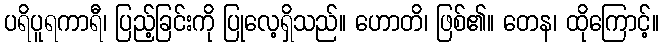
ပရိပူရကာရီ၊ ပြည့်ခြင်းကို ပြုလေ့ရှိသည်။ ဟောတိ၊ ဖြစ်၏။ တေန၊ ထိုကြောင့်။